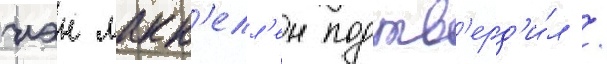
иэн макк'елл'ен подтв'ерд'и́л /